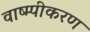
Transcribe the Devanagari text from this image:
वाष्म्पीकरण